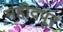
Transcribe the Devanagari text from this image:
महीदपूर